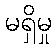
မရှိမှု